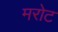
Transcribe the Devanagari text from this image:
मरोट